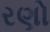
રણો